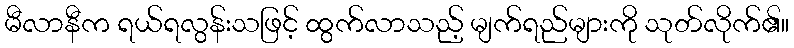
မီလာနီက ရယ်ရလွန်းသဖြင့် ထွက်လာသည့် မျက်ရည်များကို သုတ်လိုက်၏။